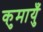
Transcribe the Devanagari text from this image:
कुमायुँ